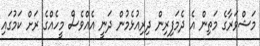
މަޝްވަރާގެ މަތިން އެ ދެމަފިރިން ދިރިއުޅެމުން ދަނީ އެއްވެސް މީހެއްގެ ރަށް ކަމުގައި